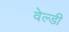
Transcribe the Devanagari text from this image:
वेल्डी